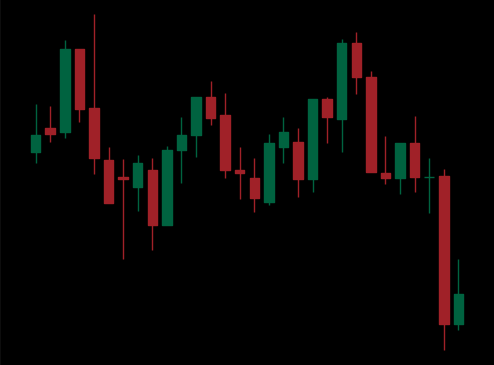
Pattern: unclassified